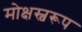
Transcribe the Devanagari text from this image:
मोक्षस्वरूप